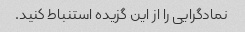
نمادگرایی را از این گزیده استنباط کنید.